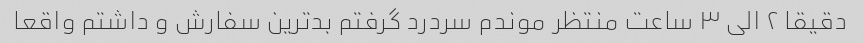
دقیقا ۲ الی ۳ ساعت منتظر موندم سردرد گرفتم بدترین سفارش و داشتم واقعا